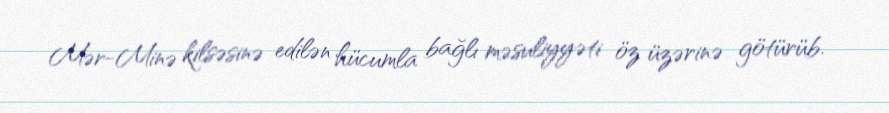
Mər-Minə kilsəsinə edilən hücumla bağlı məsuliyyəti öz üzərinə götürüb.